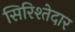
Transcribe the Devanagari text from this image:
सिरिश्तेदार